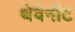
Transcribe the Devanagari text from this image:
थेवेनॉट